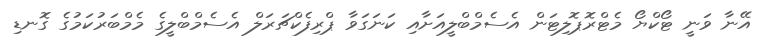
އޭނާ ވަނީ ޓޯކްޔޯ މެޓްރޮޕޮލިޓަން އެސެމްބްލީއަށާއި ކަނަގަވާ ޕްރިފެކްޗަރަލް އެސެމްބްލީގެ މެމްބަރުކަމުގެ ގޮނޑި